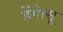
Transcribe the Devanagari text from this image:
हेंगेत्सू